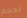
لحجم